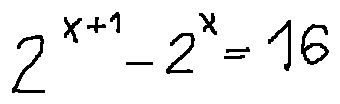
2 ^ { x + 1 } - 2 ^ { x } = 1 6